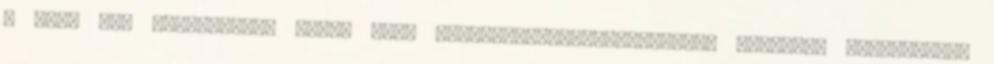
a most még szerkesztés alatt álló vesszofutas.wordpress.com honlapon találhattok